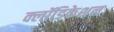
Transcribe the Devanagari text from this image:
क्लॉडिकेशन